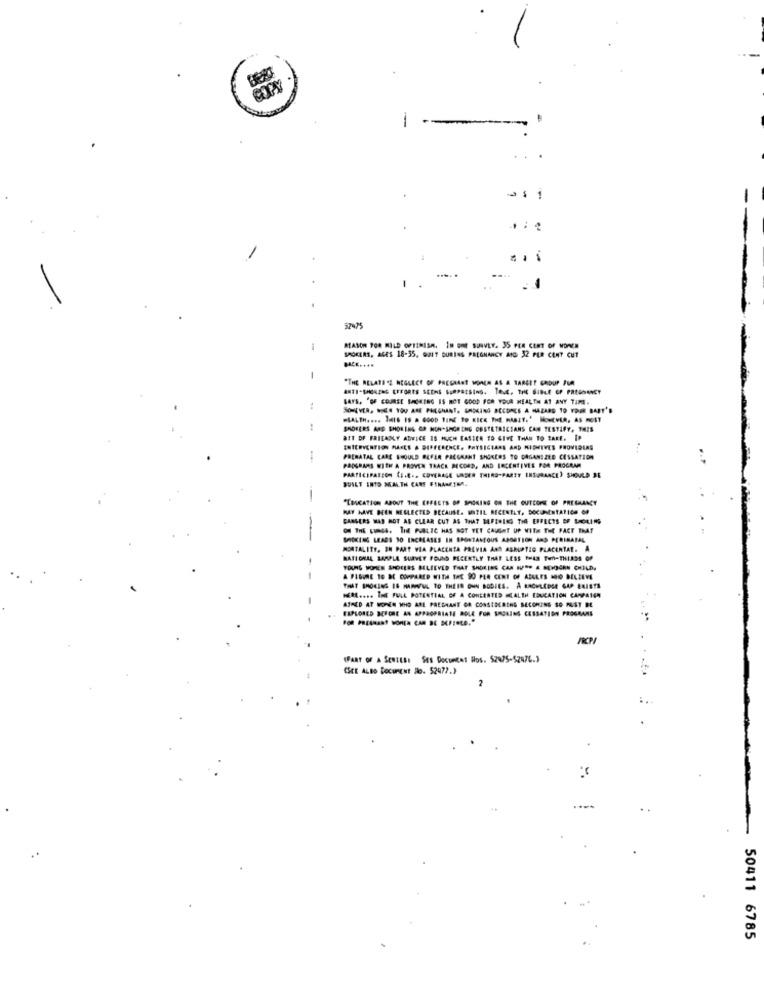
-
-
....
...
1
REASON FOR MILD OPIEHISH. IN ONE SURVEY. 35 PER CENT OF MOREN
SMOKERS, ACES 18-35, 9317 DURING PREGNANCY AIG 32 PER CENT CUT
"THE RELATE "E NEGLECT OF PREGNANT WOMEN AS A TARGET GROUP FUR
ANTI-SHORING EFFORTS SEEMS SURPRISING. TOVE. THE BIBLE OP PREGNANCY
SAYS, "OF COURSE SMOKING IS NOT GOOD FOR YOUR HEALTH AT ANY TIME.
SONEVER, MEN YOU ARE PREGNANT. SMOKING DECORES A HAZARD TO YOUR BART'.
SMOKERS AND SHORING OR NON"SHORING OBSTETRICSANS CAN TESTIFY, 1428
att OF FRICADLY ADVICE IS MUCH EASIER TO GIVE THAN TO TAKE. IP
INTERVENTION MAKES A DIFFERENCE. PHYSICIANS AND MIDHIVES PROVIDLAS
1
PRENATAL CARE SHOULD BEFER PREGNANT SMOKERS TO DAGANIZED CESSATION
PADLPARS WITH A PROVEN TRACK RECORD, AND INCENTIVES FOR PROGRAM
PARTICIPATION CE.R .. COVERAGE UNDER THIRD-PARTY INSURANCE) SHOULD BE
BUILT INTO HEALTH CARE FINANSMAN
"EDUCATION ABOUT THE COFECTS OF SMOKING ON THE OUTCOME OF PREGNANCY
MAY HAVE BEEN NEGLECTED BECAUSE. UNTIL RECENTLY, DOCUMENTATION OF
CARLERS HAD NOT AS CLEAR CUT AS THAT BUFERLIS THE EFFECTS OF SHORING
O THE LUNGS. THE PUBLIC HAS NOT YET CAUGHT UP WITH THE FACT THAT
SMOKING LEADS SO ERCOLASES IN SPONTANEOUS ABORTION ANS PERINATAL
MORTALITY, IN PART VIA PLACENTA PREVIA AND ABRUPTIO PLACERTAL. A
-
NATIONAL MARPLE SURVEY FOUND RECENTLY THAT LESS THAN TWO-THIRDS OF
TOURS HOPES SHOELES BELIEVED THAT SHORING CAN IVE A NEWBORN CHILD.
A FIGURE 10 BE COMPARED WITH THE 90 PER CENT OF ABULES HOO BELIEVE
THAT SHOWING IS MAAWFUL TO THEIR OWN BODIES. A RACHLEDGE GAP EUISTS
HER .... THE FULL POTENTIAL OF A CONCERTED SALIH EDUCATION CAMPAIGN
AIMED AT WOMEN WHO ARE PREGNANT OR CONSIDERING BECOMING SO MUST BE
EXPLORED BEFORE AN APPROPRIATE DOLE FOR SMOKING CESSATION PROGRAMS
(PART OF A SERIESI SES DOCURCAT HOS. 52975-$2076.)
(SEE ALBO DOCUMENT No. 52477.)
50411 6785